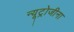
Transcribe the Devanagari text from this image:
न्यूट्रोजीना